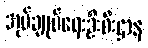
အုပ်ချုပ်ရေးဦးစီးဌာန